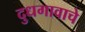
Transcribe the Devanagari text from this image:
दुधगावाचे